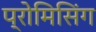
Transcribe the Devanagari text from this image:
प्रोमिसिंग